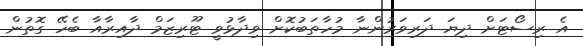
އެ ރިސޯޓަށް ދިޔަ ދަރިވަރުންނާ މުހާތަބުކޮށް ވިދާޅުވީ ޓޫރިޒަމް ދާއިރާއާ ބެހޭ ގޮތުން